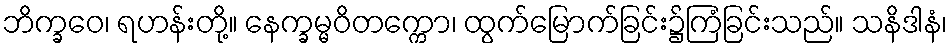
ဘိက္ခဝေ၊ ရဟန်းတို့။ နေက္ခမ္မဝိတက္ကော၊ ထွက်မြောက်ခြင်း၌ကြံခြင်းသည်။ သနိဒါနံ၊